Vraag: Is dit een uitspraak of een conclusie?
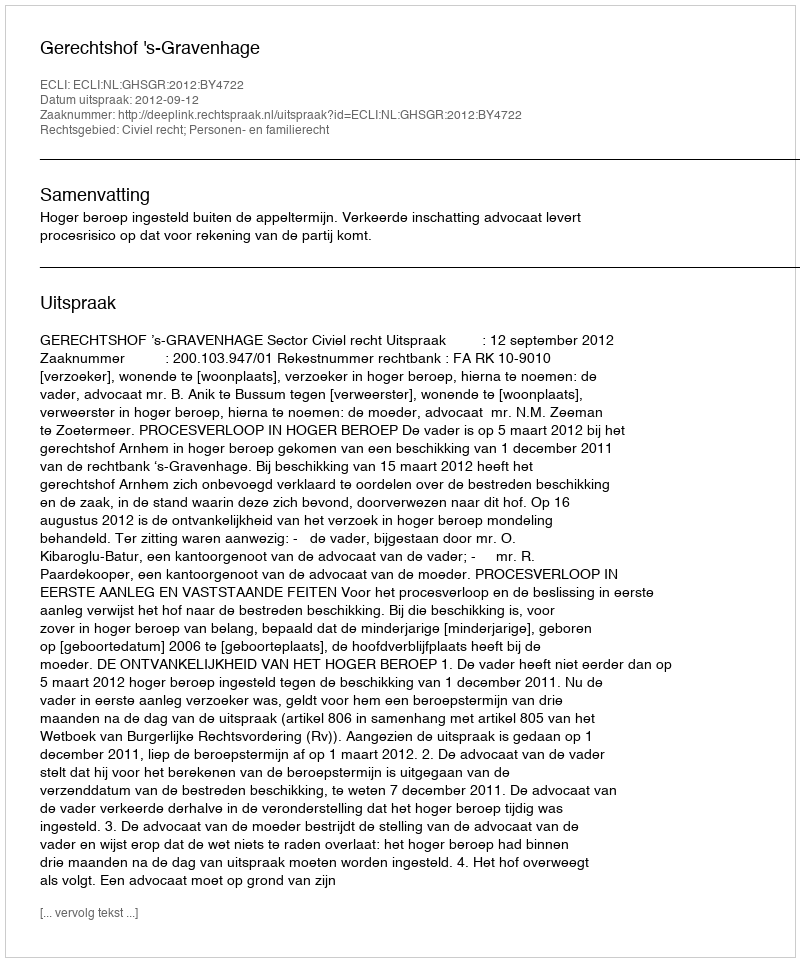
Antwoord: Uitspraak